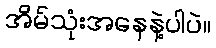
အိမ်သုံးအနေနဲ့ပါပဲ။